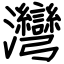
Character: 灣